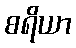
စရိယာ